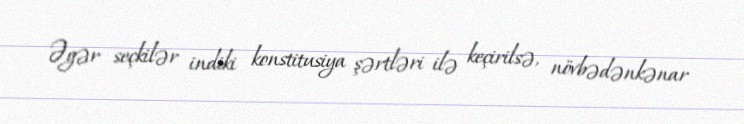
Əgər seçkilər indiki konstitusiya şərtləri ilə keçirilsə, növbədənkənar